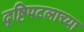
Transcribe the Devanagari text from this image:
दृष्टिपटलाच्या